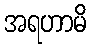
အရဟာမိ